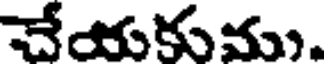
చేయకుము.